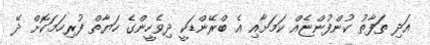
އަދި ތަފާތު ކުންފުންޏެއް ކަމަށާއި އެ ބްރޭންޑަކީ ދިވެހީންގެ ހަޔާތް ފުރިހަމަކޮށް ދޭ